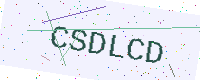
Text: CSDLCD